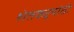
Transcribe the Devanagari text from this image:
शेतकऱ्र्‍यांठी